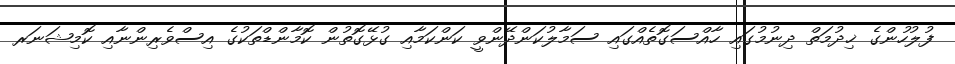
ފުލުހުންގެ ޚިދުމަތް ދިނުމުގައި ހާއްސަގޮތެއްގައި ސަމާލުކަންދޭންވީ ކަންކަމާއި ގުޅޭގޮތުން ކޮމާންޑްތަކުގެ އިސްވެރިންނާއި ކޮމިޝަނަރ